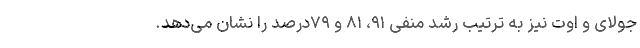
جولای و اوت نیز به ترتیب رشد منفی ۹۱، ۸۱ و ۷۹درصد را نشان می‌دهد.